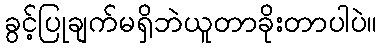
ခွင့်ပြုချက်မရှိဘဲယူတာခိုးတာပါပဲ။